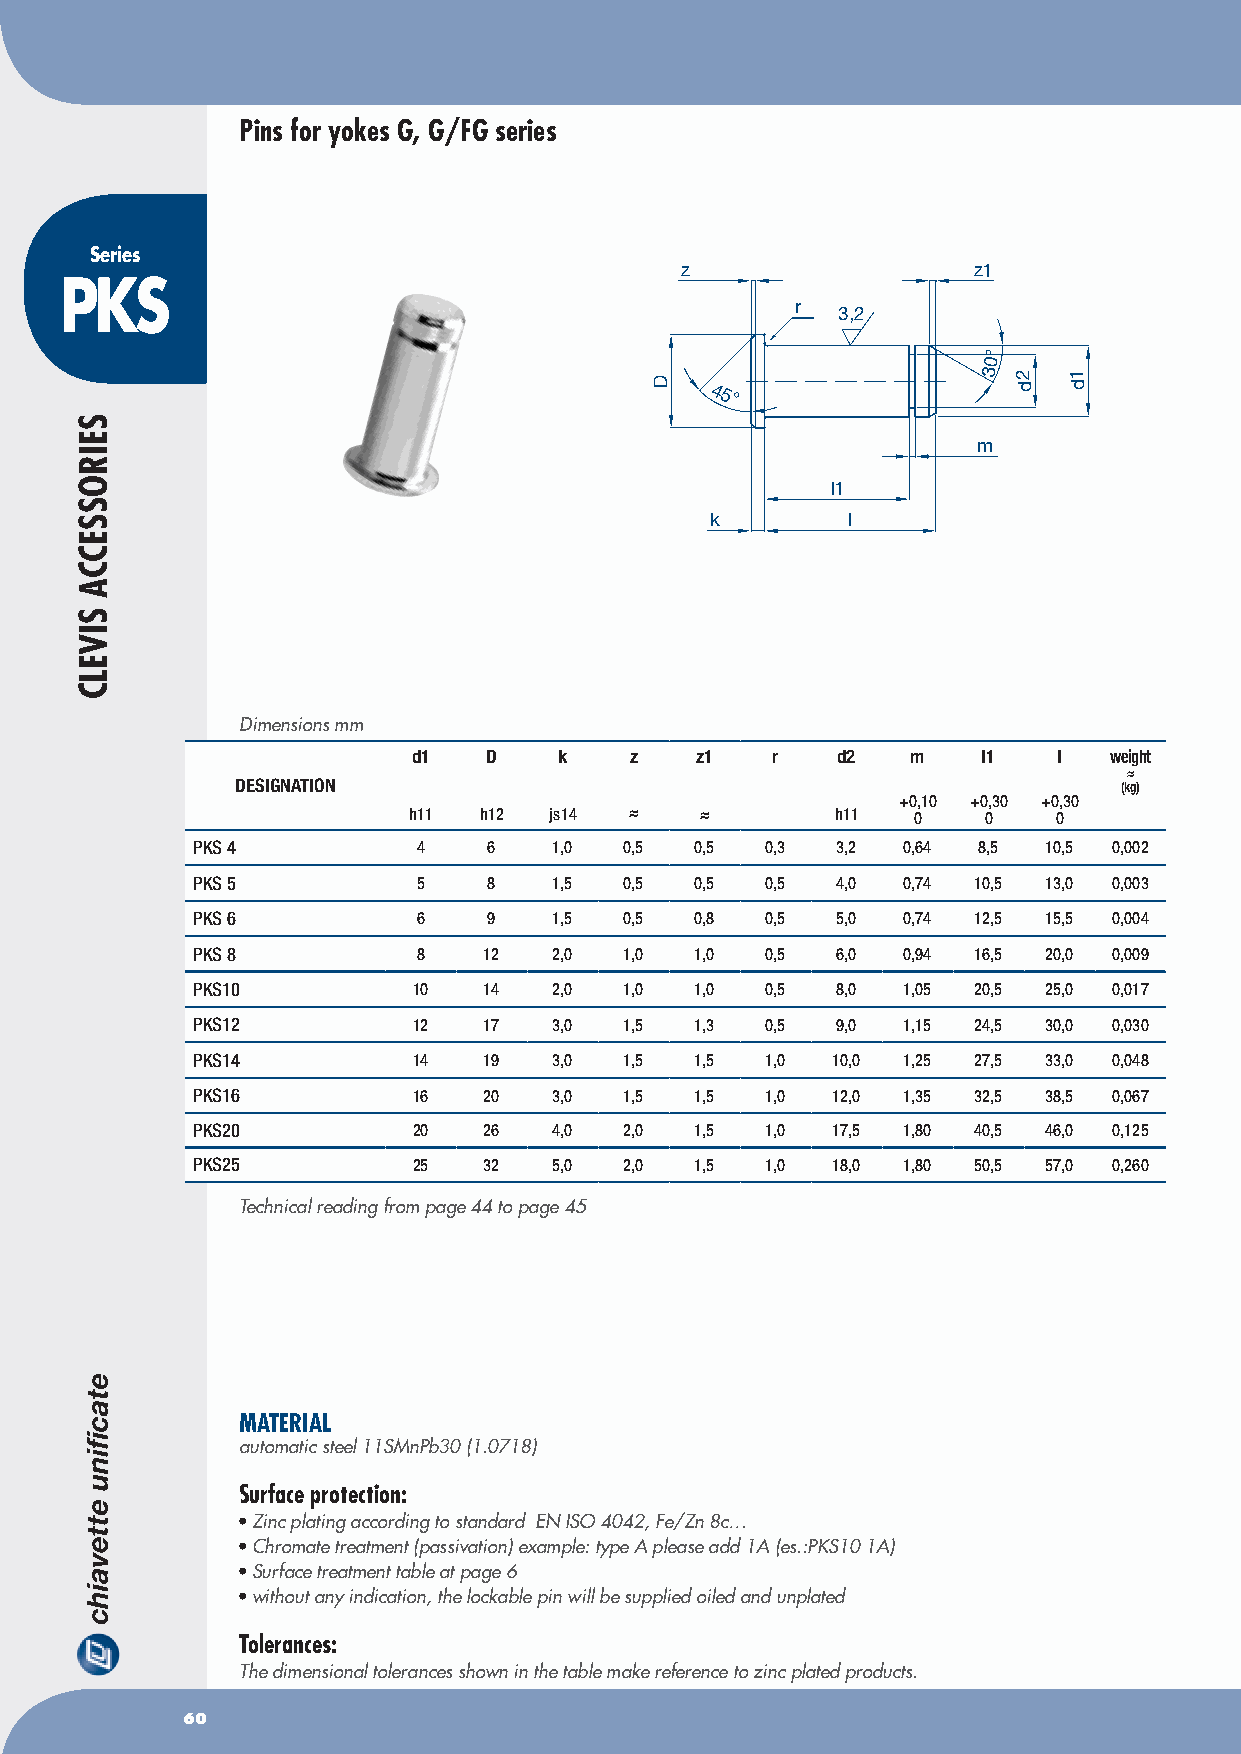
Pins for yokes G, G/FG series
 Series
 z                  z1
 PKS
 r
 3,2
 °
 0
 3
 45°
 m
 l1
 k        l
 Dimensions mm
 d1   D    k    z   z1   r   d2   m    l1   l  weight
 ≈
 DESIGNATION                                               (kg)
 +0,10 +0,30 +0,30
 h11  h12 js14  ≈   ≈        h11  0    0    0
 pKS 4          4   6    1,0 0,5  0,5  0,3 3,2  0,64 8,5 10,5 0,002
 pKS 5          5   8    1,5 0,5  0,5  0,5 4,0  0,74 10,5 13,0 0,003
 pKS 6          6   9    1,5 0,5  0,8  0,5 5,0  0,74 12,5 15,5 0,004
 pKS 8          8   12   2,0 1,0  1,0  0,5 6,0  0,94 16,5 20,0 0,009
 pKS10         10   14   2,0 1,0  1,0  0,5 8,0  1,05 20,5 25,0 0,017
 pKS12         12   17   3,0 1,5  1,3  0,5 9,0  1,15 24,5 30,0 0,030
 pKS14         14   19   3,0 1,5  1,5  1,0 10,0 1,25 27,5 33,0 0,048
 pKS16         16   20   3,0 1,5  1,5  1,0 12,0 1,35 32,5 38,5 0,067
 pKS20         20   26   4,0 2,0  1,5  1,0 17,5 1,80 40,5 46,0 0,125
 pKS25         25   32   5,0 2,0  1,5  1,0 18,0 1,80 50,5 57,0 0,260
 Technical reading from page 44 to page 45
 MATERIAL
 automatic steel 11SMnPb30 (1.0718)
 Surface protection:
 • Zinc plating according to standard EN ISO 4042, Fe/Zn 8c…
 • Chromate treatment (passivation) example: type A please add 1A (es.:PKS10 1A)
 • Surface treatment table at page 6
 • without any indication, the lockable pin will be supplied oiled and unplated
 Tolerances:
 The dimensional tolerances shown in the table make reference to zinc plated products.
 60
 SEIROSSECCA
 SIVELC
 D                       2d  1d